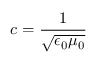
c = \frac { 1 } { \sqrt { \epsilon _ { 0 } \mu _ { 0 } } }